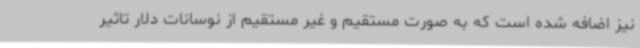
نیز اضافه شده است که به صورت مستقیم و غیر مستقیم از نوسانات دلار تاثیر